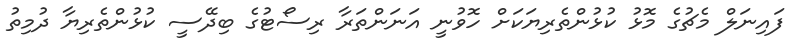
ފައިނަލް މެޗުގެ މޮޅު ކުޅުންތެރިޔަކަށް ހޮވުނީ އަނަންތަރާ ރިސޯޓުގެ ބިދޭސީ ކުޅުންތެރިޔާ ދުމިތު